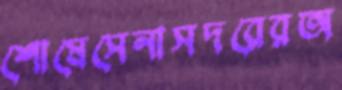
শোষেসেনাসদরেরঅ